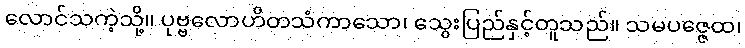
လောင်သကဲ့သို့။ ပုဗ္ဗလောဟိတသံကာသော၊ သွေးပြည်နှင့်တူသည်။ သမပဇ္ဇေထ၊